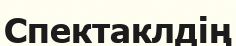
Спектаклдің